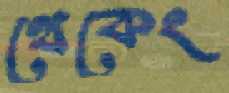
থেকেং